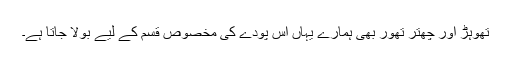
تھوہڑ اور چھتر تھور بھی ہمارے یہاں اس پودے کی مخصوص قسم کے لیے بولا جاتا ہے۔